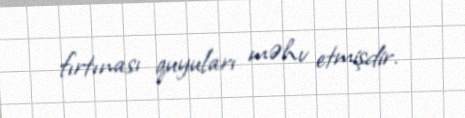
fırtınası quyuları məhv etmişdir.